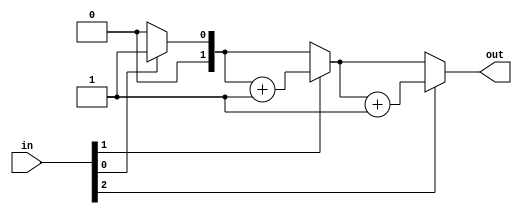
module top_module( 
    input [2:0] in,
    output [1:0] out 
);
    reg [1:0] width;
    reg [1:0] cnt;

    always @ (in)begin
        cnt='d0;
        for(width=0;width<3;width=width+1)begin
            if(in[width])
                cnt=cnt+1'b1;
            else
                cnt=cnt;
        end
    end
    
    assign out=cnt;

endmodule